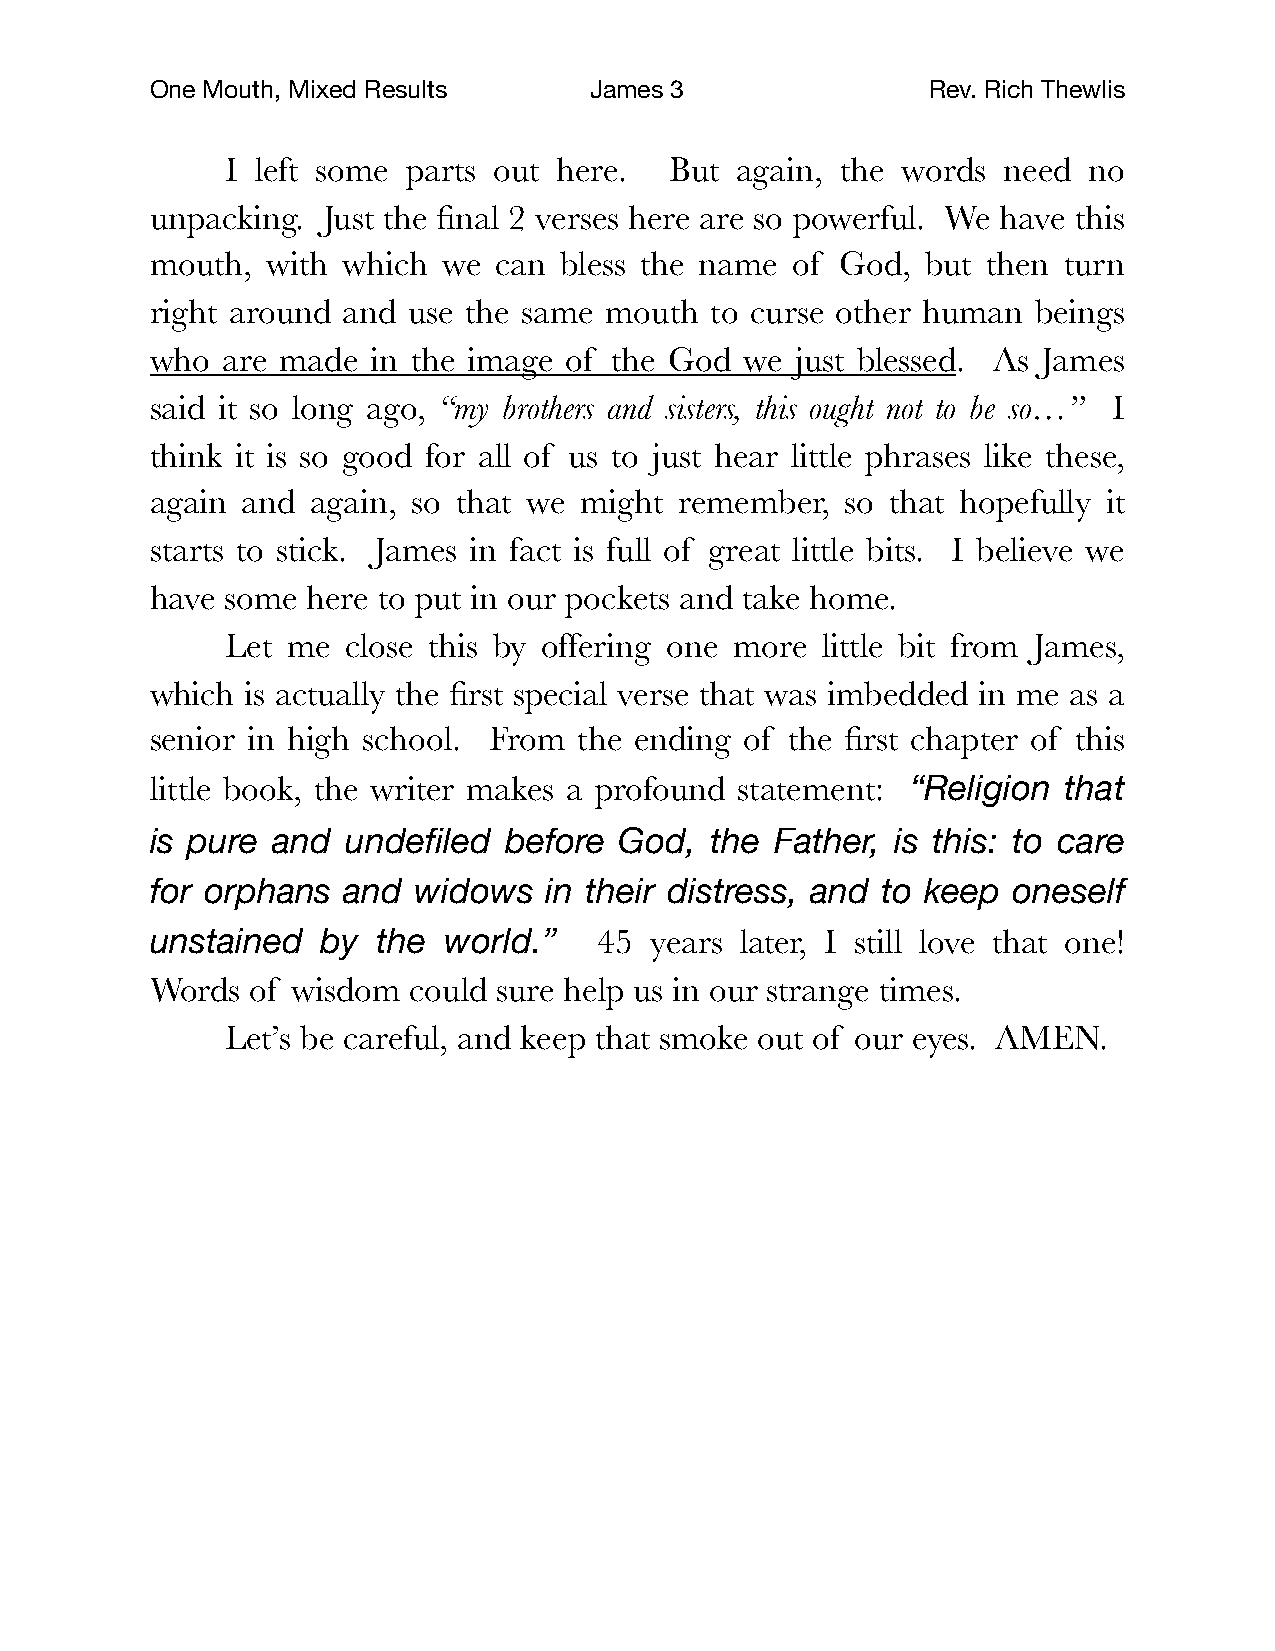
One Mouth, Mixed Results     James 3               Rev. Rich Thewlis
 I left some parts out here.  But  again, the words need  no
 unpacking. Just the final 2 verses here are so powerful. We have this
 mouth,  with which we  can bless the name of  God, but then turn
 right around and use the same mouth  to curse other human  beings
 who  are made  in the image of the God we  just blessed. As James
 said it so long ago, “my brothers and sisters, this ought not to be so…” I
 think it is so good for all of us to just hear little phrases like these,
 again and  again, so that we might remember,  so that hopefully it
 starts to stick. James in fact is full of great little bits. I believe we
 have some here to put in our pockets and take home.
 Let me  close this by offering one more little bit from James,
 which is actually the first special verse that was imbedded in me as a
 senior in high school. From the ending of the first chapter of this
 little book, the writer makes a profound statement: “Religion that
 is pure and  undefiled before  God,  the Father, is this: to care
 for orphans  and widows   in their distress, and to keep oneself
 unstained  by  the world.”    45 years later, I still love that one!
 Words  of wisdom could sure help us in our strange times.
 Let’s be careful, and keep that smoke out of our eyes. AMEN.